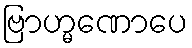
ဗြာဟ္မဏောပေ